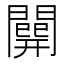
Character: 𨶘